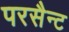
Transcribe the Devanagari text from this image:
परसैन्ट